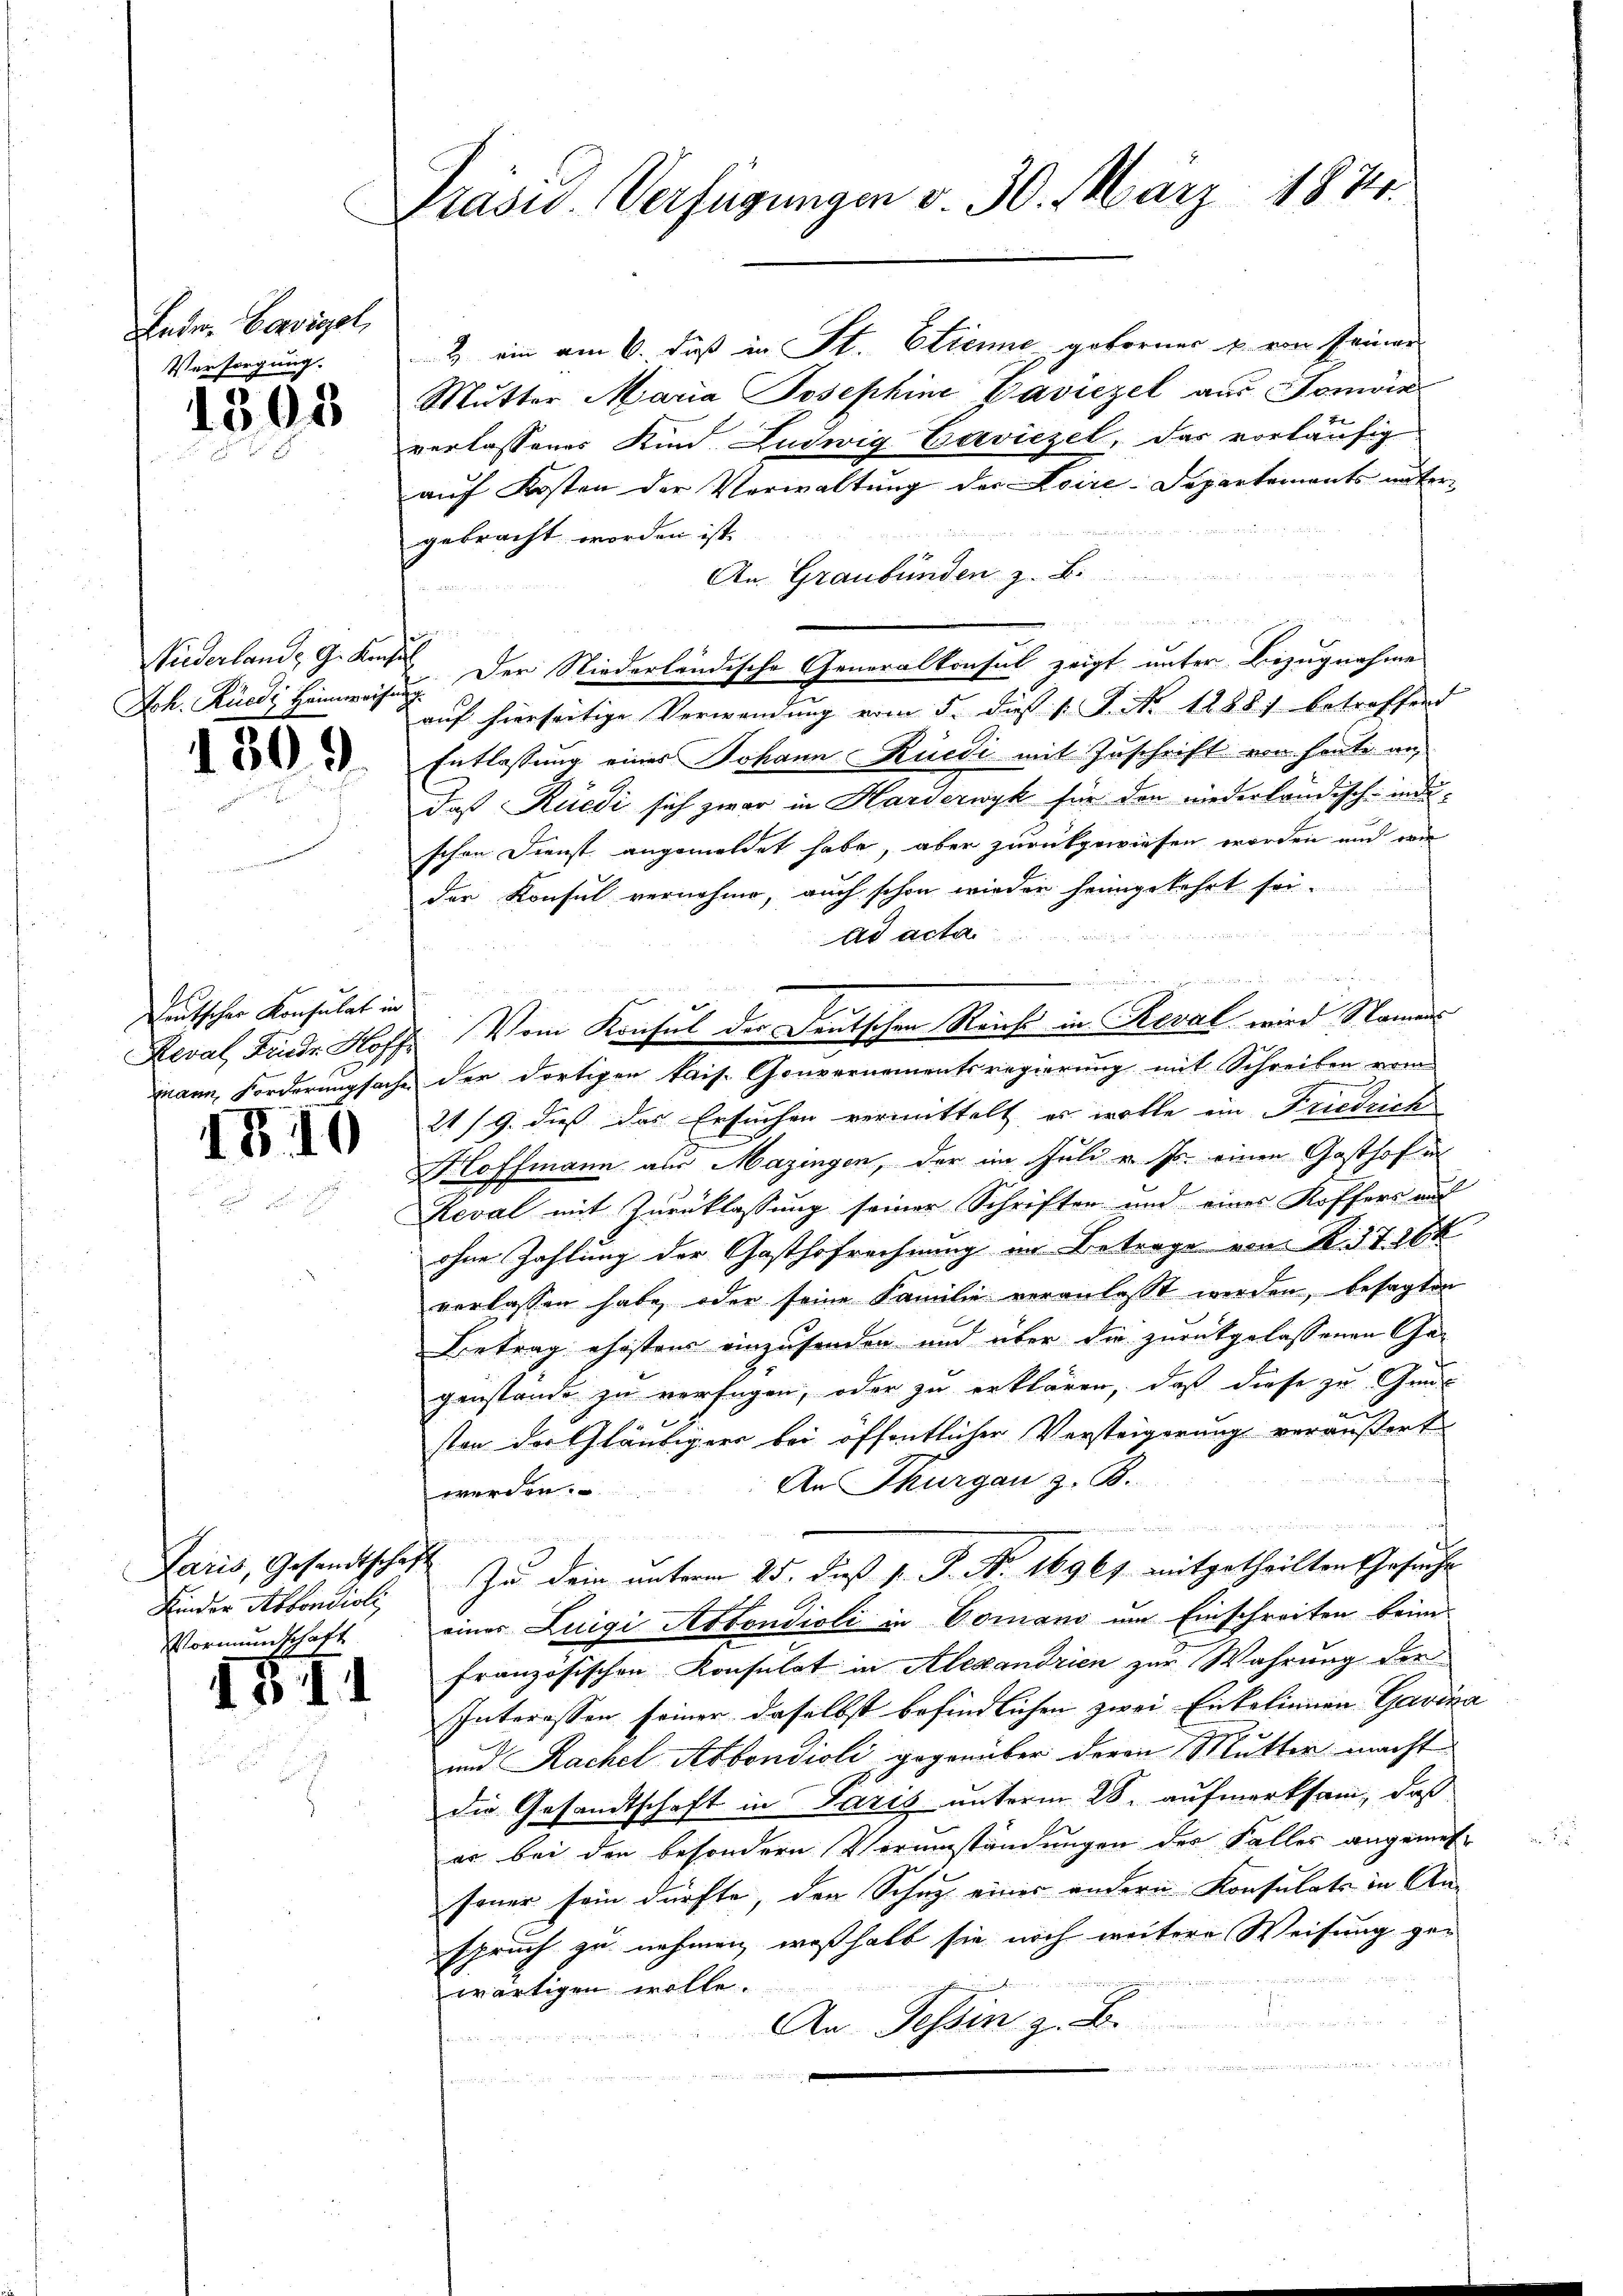
Leder. Boviel,
Versorgung.

1305

Niederlande G. Kase
Joh. Rüedi Heimweisen

1309.

Leutscher Konsulat in

4

Paris, Gesandtschaft
Kinder Abbondioli
Vormundschaft

3

)

.

Präsid. Verfügungen v. 30. März 1874.

2 ein am 6. Fuß in St. Etienne, geborner u. von seiner
Mutter Maria Josephine Baviezel aus Sonvik
verlassenes Kind Ludwig Gerviezel, das vorläufig
auf Kosten der Verwaltung der Loire-Departements untern  in die in den von
gebracht worden ist.
An Graubünden z. B.

 Der Niederländische Generalkonsul zeigt unter Bezugnahme
auf hierseitige Verwendung vom 5. dieß s. S. No 1288) betreffend
Entlassung eines Johann Rüedi mit Zuschrift von heute an,
daß Rüedi sich zwar in Harderwyk für den niederländisch-inde-
schen Dienst angemeldet habe, aber zurückgewiesen worden und wie
der Konsul vernahme, auch schon wieder heimgekehrt sei.
ad acta.
u
Reval, Finde Hoff. Vom Konsul der Deutschen Reicht in Reval wird Namens
mann, Forderungsache der dortigen kais. Gouvernementsregierung mit Schreiben vom
21/9. dieß das Ersuchen vermittelt, es wolle ein Friedrich
Hoffmann aus Mazingen, der im Juli v. Js. einen Gasthof in
Reval mit Zurücklassung seiner Schriften und eines Koffers auf
ohne Zahlung der Gasthofrechnung in Betrage von R. 3726k
verlassen habe, oder seine Familie veranlasst werden, besagten
Betrag ehestens einzusenden und über die zurückgelassenen Gegenstände zu verfügen, oder zu erklären, daß diese zu Guns
sten der Gläubiger bei öffentlicher Versteigerung veräußert
f
An Thurgau z. B.
werden.

Zu dein unterm 25. dieß v. J. No. 16967. mitgetheilten Gesuche
einer Luigi Astondioli in Domano um Einschreiten beim
französischen Konsulat in Alexandrien zur Wahrung der
Interessen seiner daselbst befindlichen zwei Enkelinnen Gavina
und Rachel Abbondioli gegenüber deren Mutter macht
die Gesandtschaft in Paris unterm 28. aufmerksam, daß
er bei den besondern Verumständungen der Falles angemesfeuer sein dürfte, den Schuz eines andern Konsulate in Anspruch zu nehmen, weßhalb sie noch weitere Weisung ge-
e
wärtigen wolle.
An Tessin z

s